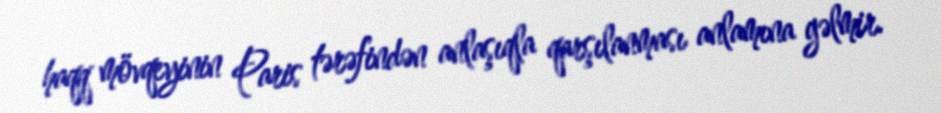
haqq mövqeyinin Paris tərəfindən anlaşıqla qarşılanması anlamına gəlmir.